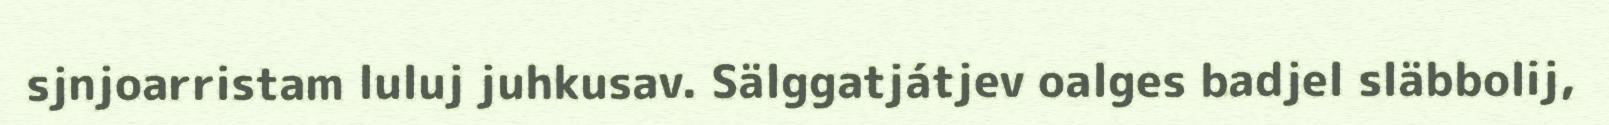
sjnjoarristam luluj juhkusav. Sälggatjátjev oalges badjel släbbolij,